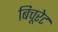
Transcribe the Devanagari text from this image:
बिचूरेट